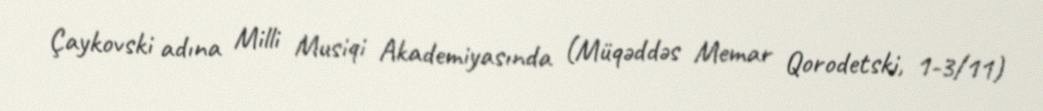
Çaykovski adına Milli Musiqi Akademiyasında (Müqəddəs Memar Qorodetski, 1-3/11)